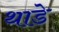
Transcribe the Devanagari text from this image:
थाडे